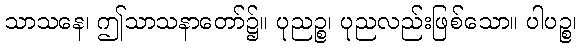
သာသနေ၊ ဤသာသနာတော်၌။ ပုညဉ္စ၊ ပုညလည်းဖြစ်သော။ ပါပဉ္စ၊